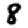
Digit: 8